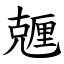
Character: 兣